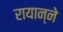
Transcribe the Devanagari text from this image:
रायान्ने